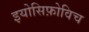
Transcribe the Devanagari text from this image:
इयोसिफ़ोविच